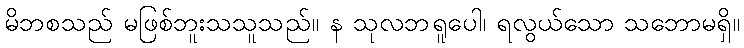
မိဘစသည် မဖြစ်ဘူးသသူသည်။ န သုလဘရူပေါ၊ ရလွယ်သော သဘောမရှိ။